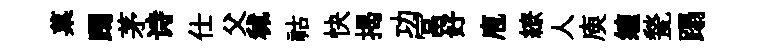
菓躅茅诗仕父秫祜快揭功冨好庖繚人庾缠甃蹋